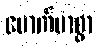
မောက်မာစွာ